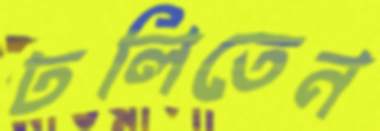
ঢলিতেন